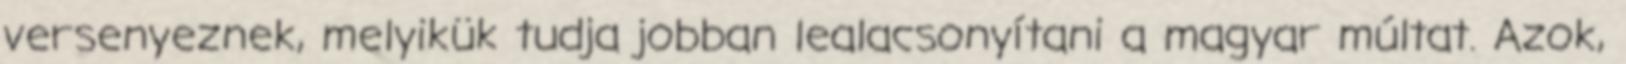
versenyeznek, melyikük tudja jobban lealacsonyítani a magyar múltat. Azok,